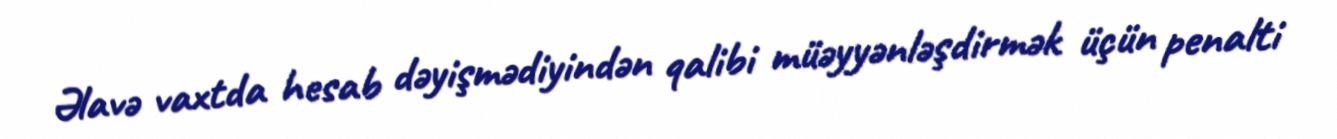
Əlavə vaxtda hesab dəyişmədiyindən qalibi müəyyənləşdirmək üçün penalti